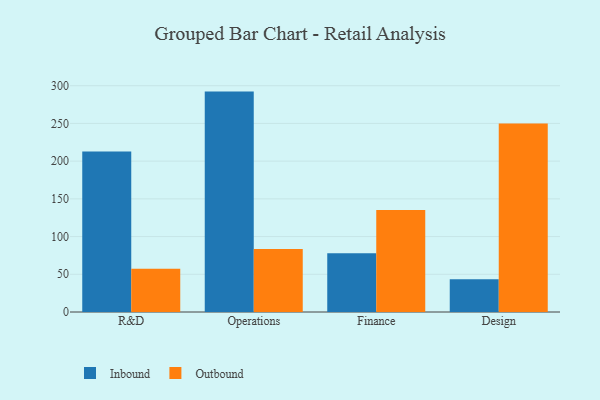
{"axis": {"x": "Department", "y": "Energy Usage (MWh)"}, "legend": ["Inbound", "Outbound"], "data": [{"x": "R&D", "y": 212.8, "type": "Inbound"}, {"x": "R&D", "y": 57.2, "type": "Outbound"}, {"x": "Operations", "y": 292.2, "type": "Inbound"}, {"x": "Operations", "y": 83.5, "type": "Outbound"}, {"x": "Finance", "y": 77.9, "type": "Inbound"}, {"x": "Finance", "y": 135.2, "type": "Outbound"}, {"x": "Design", "y": 43.3, "type": "Inbound"}, {"x": "Design", "y": 249.8, "type": "Outbound"}]}